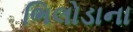
ભિલોડાના